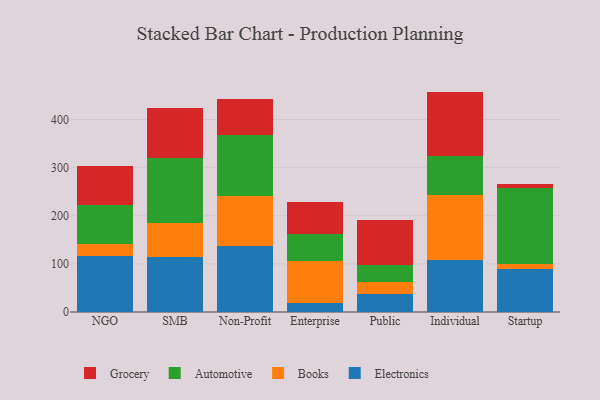
{"axis": {"x": "Segment", "y": "Backlog"}, "legend": ["Automotive", "Books", "Electronics", "Grocery"], "data": [{"x": "NGO", "y": 116.4, "type": "Electronics"}, {"x": "NGO", "y": 25.9, "type": "Books"}, {"x": "NGO", "y": 80.5, "type": "Automotive"}, {"x": "NGO", "y": 80.5, "type": "Grocery"}, {"x": "SMB", "y": 113.7, "type": "Electronics"}, {"x": "SMB", "y": 71.1, "type": "Books"}, {"x": "SMB", "y": 134.8, "type": "Automotive"}, {"x": "SMB", "y": 105.3, "type": "Grocery"}, {"x": "Non-Profit", "y": 137.8, "type": "Electronics"}, {"x": "Non-Profit", "y": 102.4, "type": "Books"}, {"x": "Non-Profit", "y": 128.3, "type": "Automotive"}, {"x": "Non-Profit", "y": 73.7, "type": "Grocery"}, {"x": "Enterprise", "y": 18.3, "type": "Electronics"}, {"x": "Enterprise", "y": 88.5, "type": "Books"}, {"x": "Enterprise", "y": 55.7, "type": "Automotive"}, {"x": "Enterprise", "y": 65.7, "type": "Grocery"}, {"x": "Public", "y": 38.4, "type": "Electronics"}, {"x": "Public", "y": 23.8, "type": "Books"}, {"x": "Public", "y": 34.7, "type": "Automotive"}, {"x": "Public", "y": 93.7, "type": "Grocery"}, {"x": "Individual", "y": 108.6, "type": "Electronics"}, {"x": "Individual", "y": 134.6, "type": "Books"}, {"x": "Individual", "y": 81.5, "type": "Automotive"}, {"x": "Individual", "y": 133.3, "type": "Grocery"}, {"x": "Startup", "y": 89.8, "type": "Electronics"}, {"x": "Startup", "y": 9.8, "type": "Books"}, {"x": "Startup", "y": 157.1, "type": "Automotive"}, {"x": "Startup", "y": 9.5, "type": "Grocery"}]}